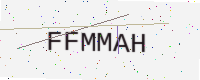
Text: FFMMAH